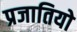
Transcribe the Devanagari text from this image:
प्रजातियो